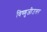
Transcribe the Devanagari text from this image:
विष्णुजीउत्तर